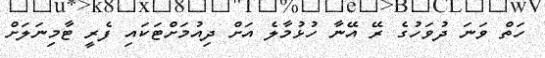
ހަތް ވަނަ ދުވަހުގެ ރޭ އޭނާ ހުޅުމާލެ އަށް ދިއުމަށްޓަކައި ފެރީ ޓާމިނަލަށް